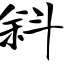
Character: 斜